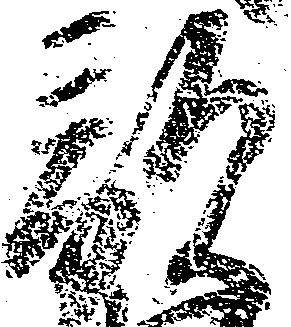
敵